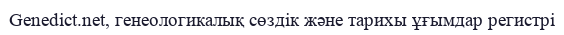
Genedict.net, генеологикалық сөздік және тарихы ұғымдар регистрі